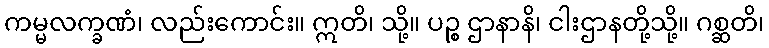
ကမ္မလက္ခဏံ၊ လည်းကောင်း။ ဣတိ၊ သို့။ ပဉ္စ ဌာနာနိ၊ ငါးဌာနတို့သို့။ ဂစ္ဆတိ၊